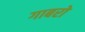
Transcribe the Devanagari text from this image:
गाबरो